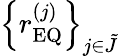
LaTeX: \left\{ r_{\mathrm{EQ}}^{\left(j\right)}\right\} _{j\in\tilde{J}}